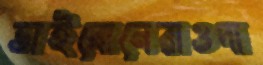
ভাইবোনেরাওদা